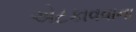
એટકાવવાના